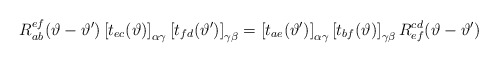
\begin{align*}R^{ef}_{ab}(\vartheta -\vartheta ')\left[ t_{ec}(\vartheta )\right] _{\alpha \gamma }\left[ t_{fd}(\vartheta ')\right] _{\gamma \beta }=\left[ t_{ae}(\vartheta ')\right] _{\alpha \gamma }\left[ t_{bf}(\vartheta )\right] _{\gamma \beta }R^{cd}_{ef}(\vartheta -\vartheta ')\end{align*}